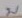
บ